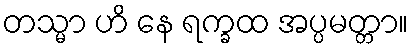
တသ္မာ ဟိ နေ ရက္ခထ အပ္ပမတ္တာ။